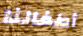
أطفالنا